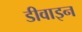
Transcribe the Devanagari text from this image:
डीवाइन